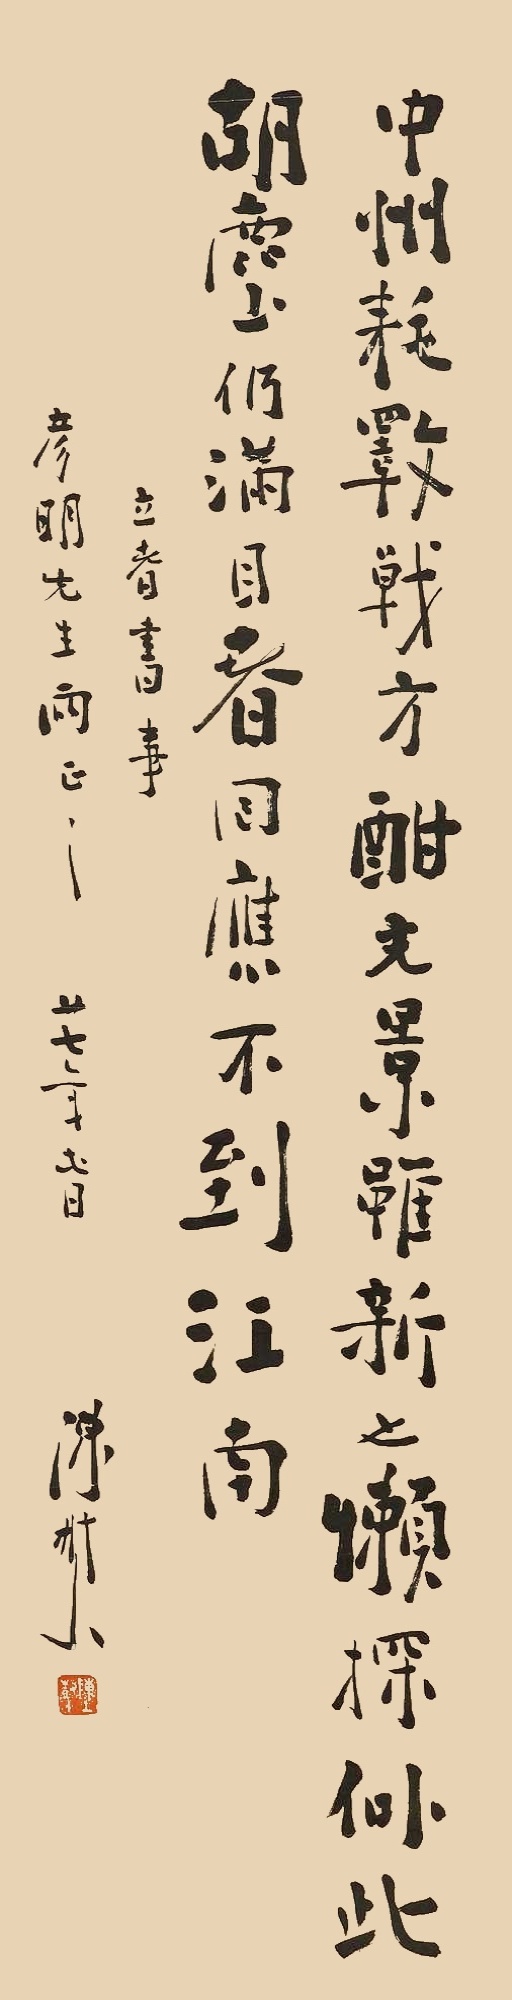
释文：中州耗斁戟方酣，光景虽新也懒探。似此胡尘仍满目，春日应不到江南。立春书事彦明先生两正之，廿七年春，陈树人。